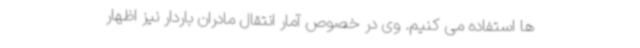
ها استفاده می کنیم. وی در خصوص آمار انتقال مادران باردار نیز اظهار